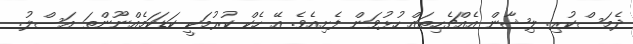
ދެމަސްކުރި. ލިޝާން އެއްޗެހިތައް ހުޅުވަން ފެށިއެވެ. އޭ ހެކް ކުރުމަކީ ކަޑަކަމެއްނޫންތަ އަސްލު.